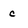
Character: c